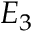
E _ { 3 }